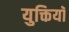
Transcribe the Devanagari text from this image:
युक्तियॉ